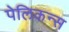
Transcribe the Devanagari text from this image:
पेलिकन्स